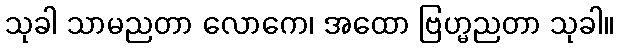
သုခါ သာမညတာ လောကေ၊ အထော ဗြဟ္မညတာ သုခါ။